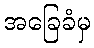
အခြေခံမှ